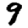
Digit: 9